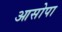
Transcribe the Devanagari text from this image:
आसोपा